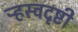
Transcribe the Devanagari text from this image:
ऱ्हस्वदृष्टी